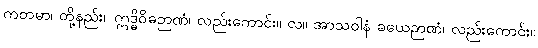
ကတမာ၊ တို့နည်း။ ဣဒ္ဓိဝိဓဉာဏံ၊ လည်းကောင်း။ လ။ အာသဝါနံ ခယေဉာဏံ၊ လည်းကောင်း။